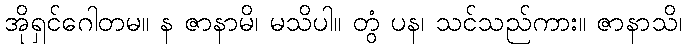
အိုရှင်ဂေါတမ။ န ဇာနာမိ၊ မသိပါ။ တွံ ပန၊ သင်သည်ကား။ ဇာနာသိ၊